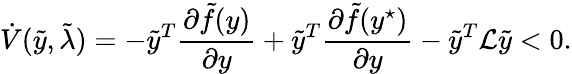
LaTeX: \dot{V}(\tilde{y},\tilde{\lambda})=-\tilde{y}^{T}\frac{\partial\tilde{f}(y)}{\partial y}+\tilde{y}^{T}\frac{\partial\tilde{f}(y^{\star})}{\partial y}-\tilde{y}^{T}\mathcal{L}\tilde{y}<0.